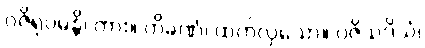
ဝဇိရုပမန္တိ၊ ကား။ တိခဏံ၊ ထက်လှသော။ ဝဇိသဒိသံ၊